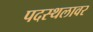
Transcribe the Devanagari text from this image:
पदस्थलावर